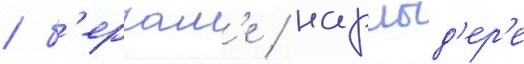
/ б'ергам'е / нарлыд'ер'е